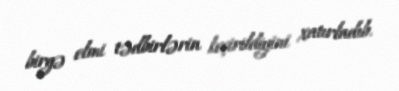
birgə elmi tədbirlərin keçirildiyini xatırladıb.